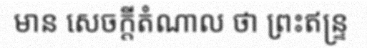
មាន សេចក្តីតំណាល ថា ព្រះឥន្ទ្រ